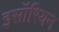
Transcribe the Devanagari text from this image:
इसॉरियन